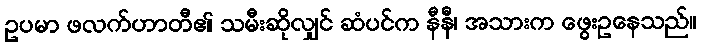
ဥပမာ ဖလက်ဟာတီ၏ သမီးဆိုလျှင် ဆံပင်က နီနီ၊ အသားက ဖွေးဥနေသည်။